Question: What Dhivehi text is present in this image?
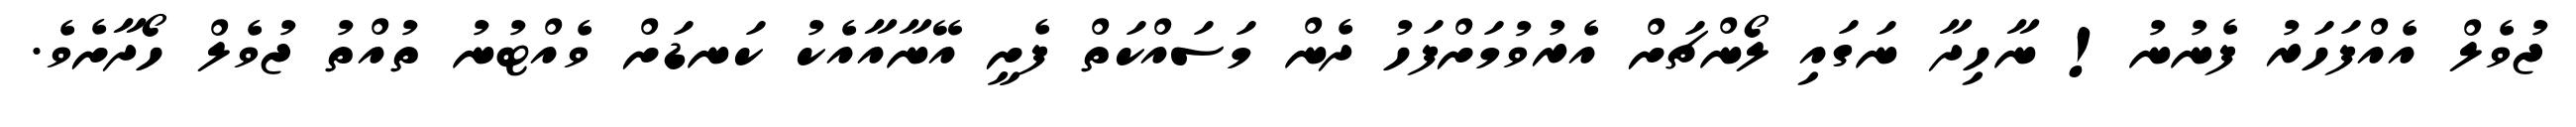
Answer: ޖުވެލް އެއްފަހަރު ފެނުނު! ނާހިދާ ނަގައި ލޯންޗަށް އެރުވުމަށްފަހު ދެން މަސައްކަތް ފެށީ އޭނާއާއެކު ކަނޑަށް ވެއްޓުނު ތުއްތު ޖުވެލް ހޯދާށެވެ.